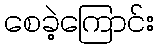
စေခဲ့ကြောင်း